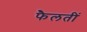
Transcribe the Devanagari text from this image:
फैलतीं